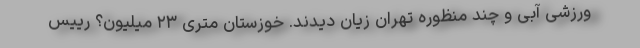
ورزشی آبی و چند منظوره تهران زیان دیدند. خوزستان متری ۲۳ میلیون؟ رییس